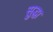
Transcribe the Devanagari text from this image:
सुद्घा